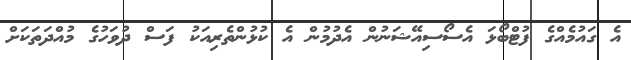
އެ ގައުމެއްގެ ފުޓްބޯޅަ އެސޯސިއޭޝަނުން އެދުމުން އެ ކުޅުންތެރިއަކު ފަސް ދުވަހުގެ މުއްދަތަކަށް